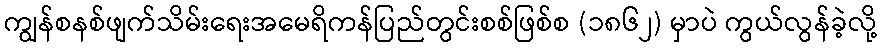
ကျွန်စနစ်ဖျက်သိမ်းရေးအမေရိကန်ပြည်တွင်းစစ်ဖြစ်စ (၁၈၆၂) မှာပဲ ကွယ်လွန်ခဲ့လို့